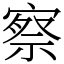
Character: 察